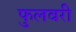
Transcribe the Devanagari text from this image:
फुलवरी